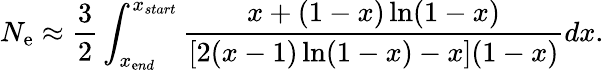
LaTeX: N_{\mathrm{e}}\approx\frac{{3}}{{2}}\int_{x_{\mathrm{e}nd}}^{x_{start}}\frac{{x+(1-x)\ln(1-x)}}{{[2(x-1)\ln(1-x)-x](1-x)}}dx.